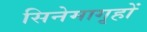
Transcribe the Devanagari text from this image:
सिनेमागृहों